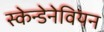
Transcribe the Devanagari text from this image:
स्केन्डेनेवियन